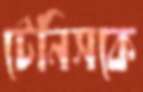
টেনিসকে